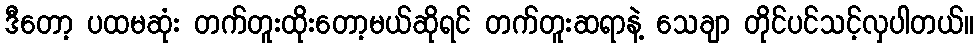
ဒီတော့ ပထမဆုံး တက်တူးထိုးတော့မယ်ဆိုရင် တက်တူးဆရာနဲ့ သေချာ တိုင်ပင်သင့်လှပါတယ်။